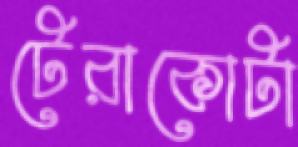
টেরাকোটা